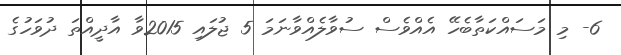
6- މި މަސައްކަތާބެހޭ އެއްވެސް ސުވާލެއްވާނަމަ 5 ޖުލައި 2015ވާ އާދީއްތަ ދުވަހުގެ